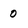
Character: 0